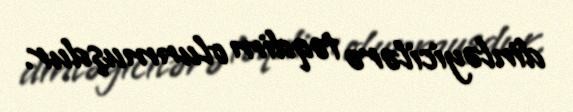
dinləyicilərə təqdim olunmuşdur.